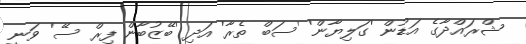
ޝްރައްދާގެ އަޑުން 'ގަލިޔާން' 'ސަބް ތެރާ' އަދި 'ބޭޒުބާން ފިރް ސޭ' ވަނީ